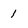
Character: 1